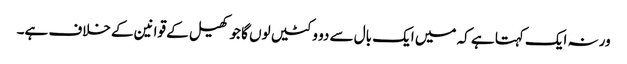
ورنہ ایک کہتا ہے کہ میں ایک بال سے دو وکٹیں لوں گا جو کھیل کے قوانین کے خلاف ہے۔